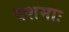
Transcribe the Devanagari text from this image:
दशमाः